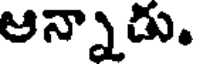
ఆన్నాడు.